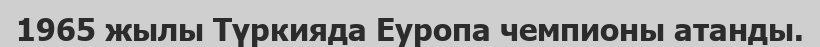
1965 жылы Түркияда Еуропа чемпионы атанды.